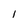
Character: I